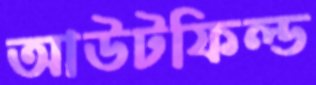
আউটফিল্ড